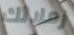
زملائك